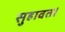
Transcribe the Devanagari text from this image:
सुहावत।